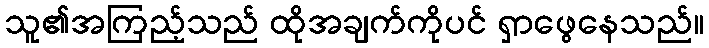
သူ၏အကြည့်သည် ထိုအချက်ကိုပင် ရှာဖွေနေသည်။